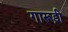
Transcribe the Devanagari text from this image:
गारूड़ी